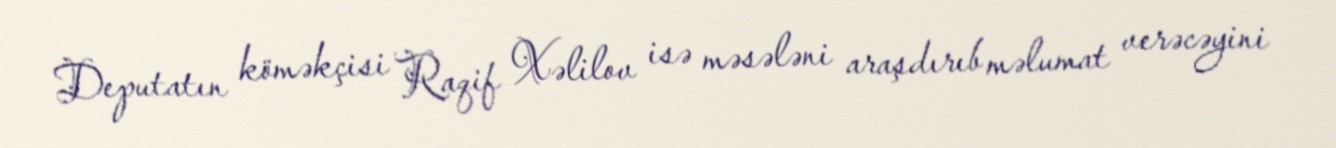
Deputatın köməkçisi Raqif Xəlilov isə məsələni araşdırıb məlumat verəcəyini